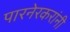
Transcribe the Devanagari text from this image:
पारनेरकरांनी